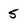
Character: 5